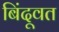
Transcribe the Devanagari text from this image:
बिंदूवत